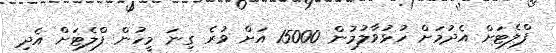
ފްލެޓަށް އެދުމަށް ހުޅުވާލުމުން 15000 އަށް ވުރެ ގިނަ މީހުން ފްލެޓަށް އެދި